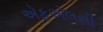
એફએલસી